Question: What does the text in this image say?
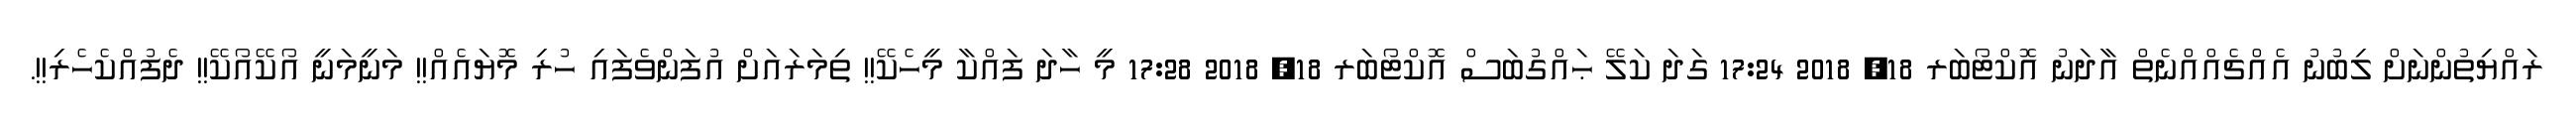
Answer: ރައްޔިތުންނަށް ލިބުނު އެއްޗެއްއްނެތް އާދަނު އޮކްޓޯބަރ 18, 2018 17:24 ގަދަ ކަލޭ ޙައްގުބަސް އޮކްޓޯބަރ 18, 2018 17:28 މީ ހާދަ ފައްކާ މީހެކޭ!! ތިމަރައަށް އުފަންވެފައި ހުރި މޮޔައެއް!! މަނީމަނީ އޯކޭއޯކޭ!! ދެފުއްކެހެރި!!.